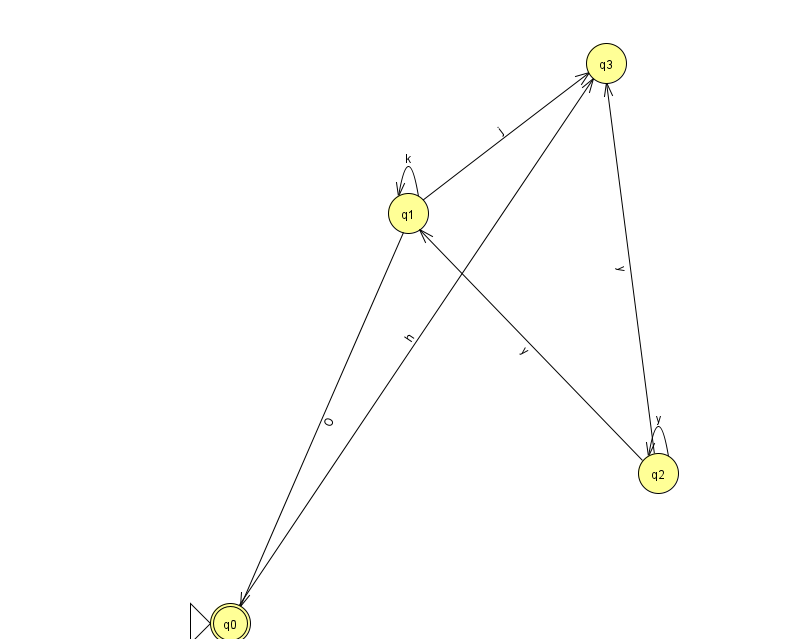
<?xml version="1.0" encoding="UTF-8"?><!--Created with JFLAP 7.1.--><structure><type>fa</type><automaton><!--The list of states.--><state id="0" name="q0"><x>230.0</x><y>610.0</y><initial/><final/></state><state id="1" name="q1"><x>408.0</x><y>200.0</y></state><state id="2" name="q2"><x>658.0</x><y>460.0</y></state><state id="3" name="q3"><x>606.0</x><y>50.0</y></state><!--The list of transitions.--><transition><from>0</from><to>3</to><read>h</read></transition><transition><from>1</from><to>3</to><read>j</read></transition><transition><from>2</from><to>1</to><read>y</read></transition><transition><from>2</from><to>2</to><read>y</read></transition><transition><from>1</from><to>1</to><read>k</read></transition><transition><from>1</from><to>0</to><read>O</read></transition><transition><from>2</from><to>3</to><read>y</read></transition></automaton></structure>